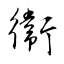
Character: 衞